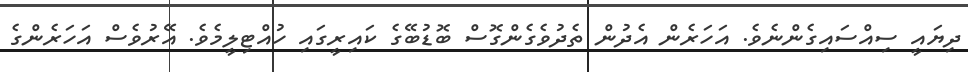
ދިޔައީ ސިއްސައިގެންނެވެ. އަހަރެން އެދުން ތެދުވެގެންގޮސް ބޮޑުބޭގެ ކައިރީގައި ހުއްޓިލީމެވެ. އޭރުވެސް އަހަރެންގެ